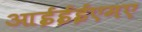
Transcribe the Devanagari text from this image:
आईईईएमए